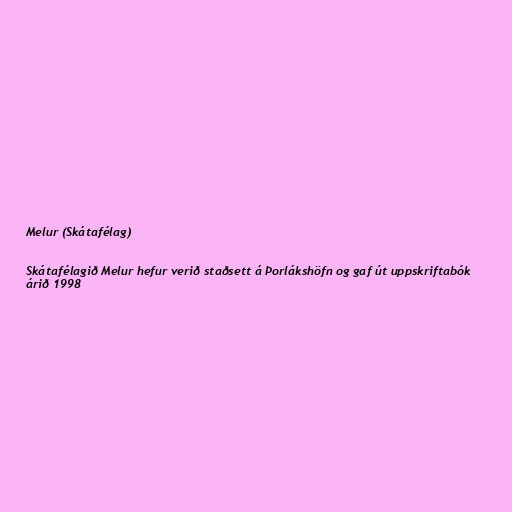
Melur (Skátafélag)

Skátafélagið Melur hefur verið staðsett á Þorlákshöfn og gaf út uppskriftabók
árið 1998